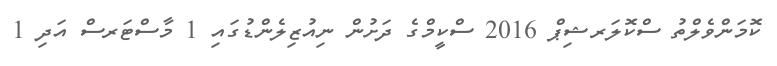
ކޮމަންވެލްތު ސްކޮލަރޝިޕް 2016 ސްކީމްގެ ދަށުން ނިއުޒިލެންޑުގައި 1 މާސްޓަރސް އަދި 1